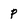
Character: p